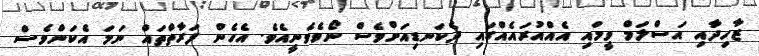
ޒާހިދާއި އަސްލަމް ވީމައި އެއްއުރައެއްގައި ދެކަނޑިއަށްވެސް ނޯވެވެނީއެވެ. އެހެން ފަރާތްތައް ނަމަ އެކަންވެސް